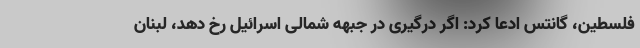
فلسطین، گانتس ادعا کرد: اگر درگیری در جبهه شمالی اسرائیل رخ دهد، لبنان